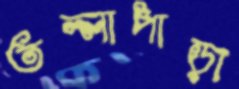
তল্লাপাড়া